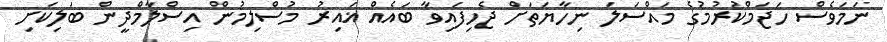
ނަމަވެސް ހަޖަމްކުރުމުގެ މައްސަލަ ނިހާޔަތަށް ޖެހިފައިވާ ބައެއް ޣައިރު މުސްލިމުން އިސްލާމްދީން ބަލިކަށި